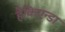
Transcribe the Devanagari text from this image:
हैकिएन्डा